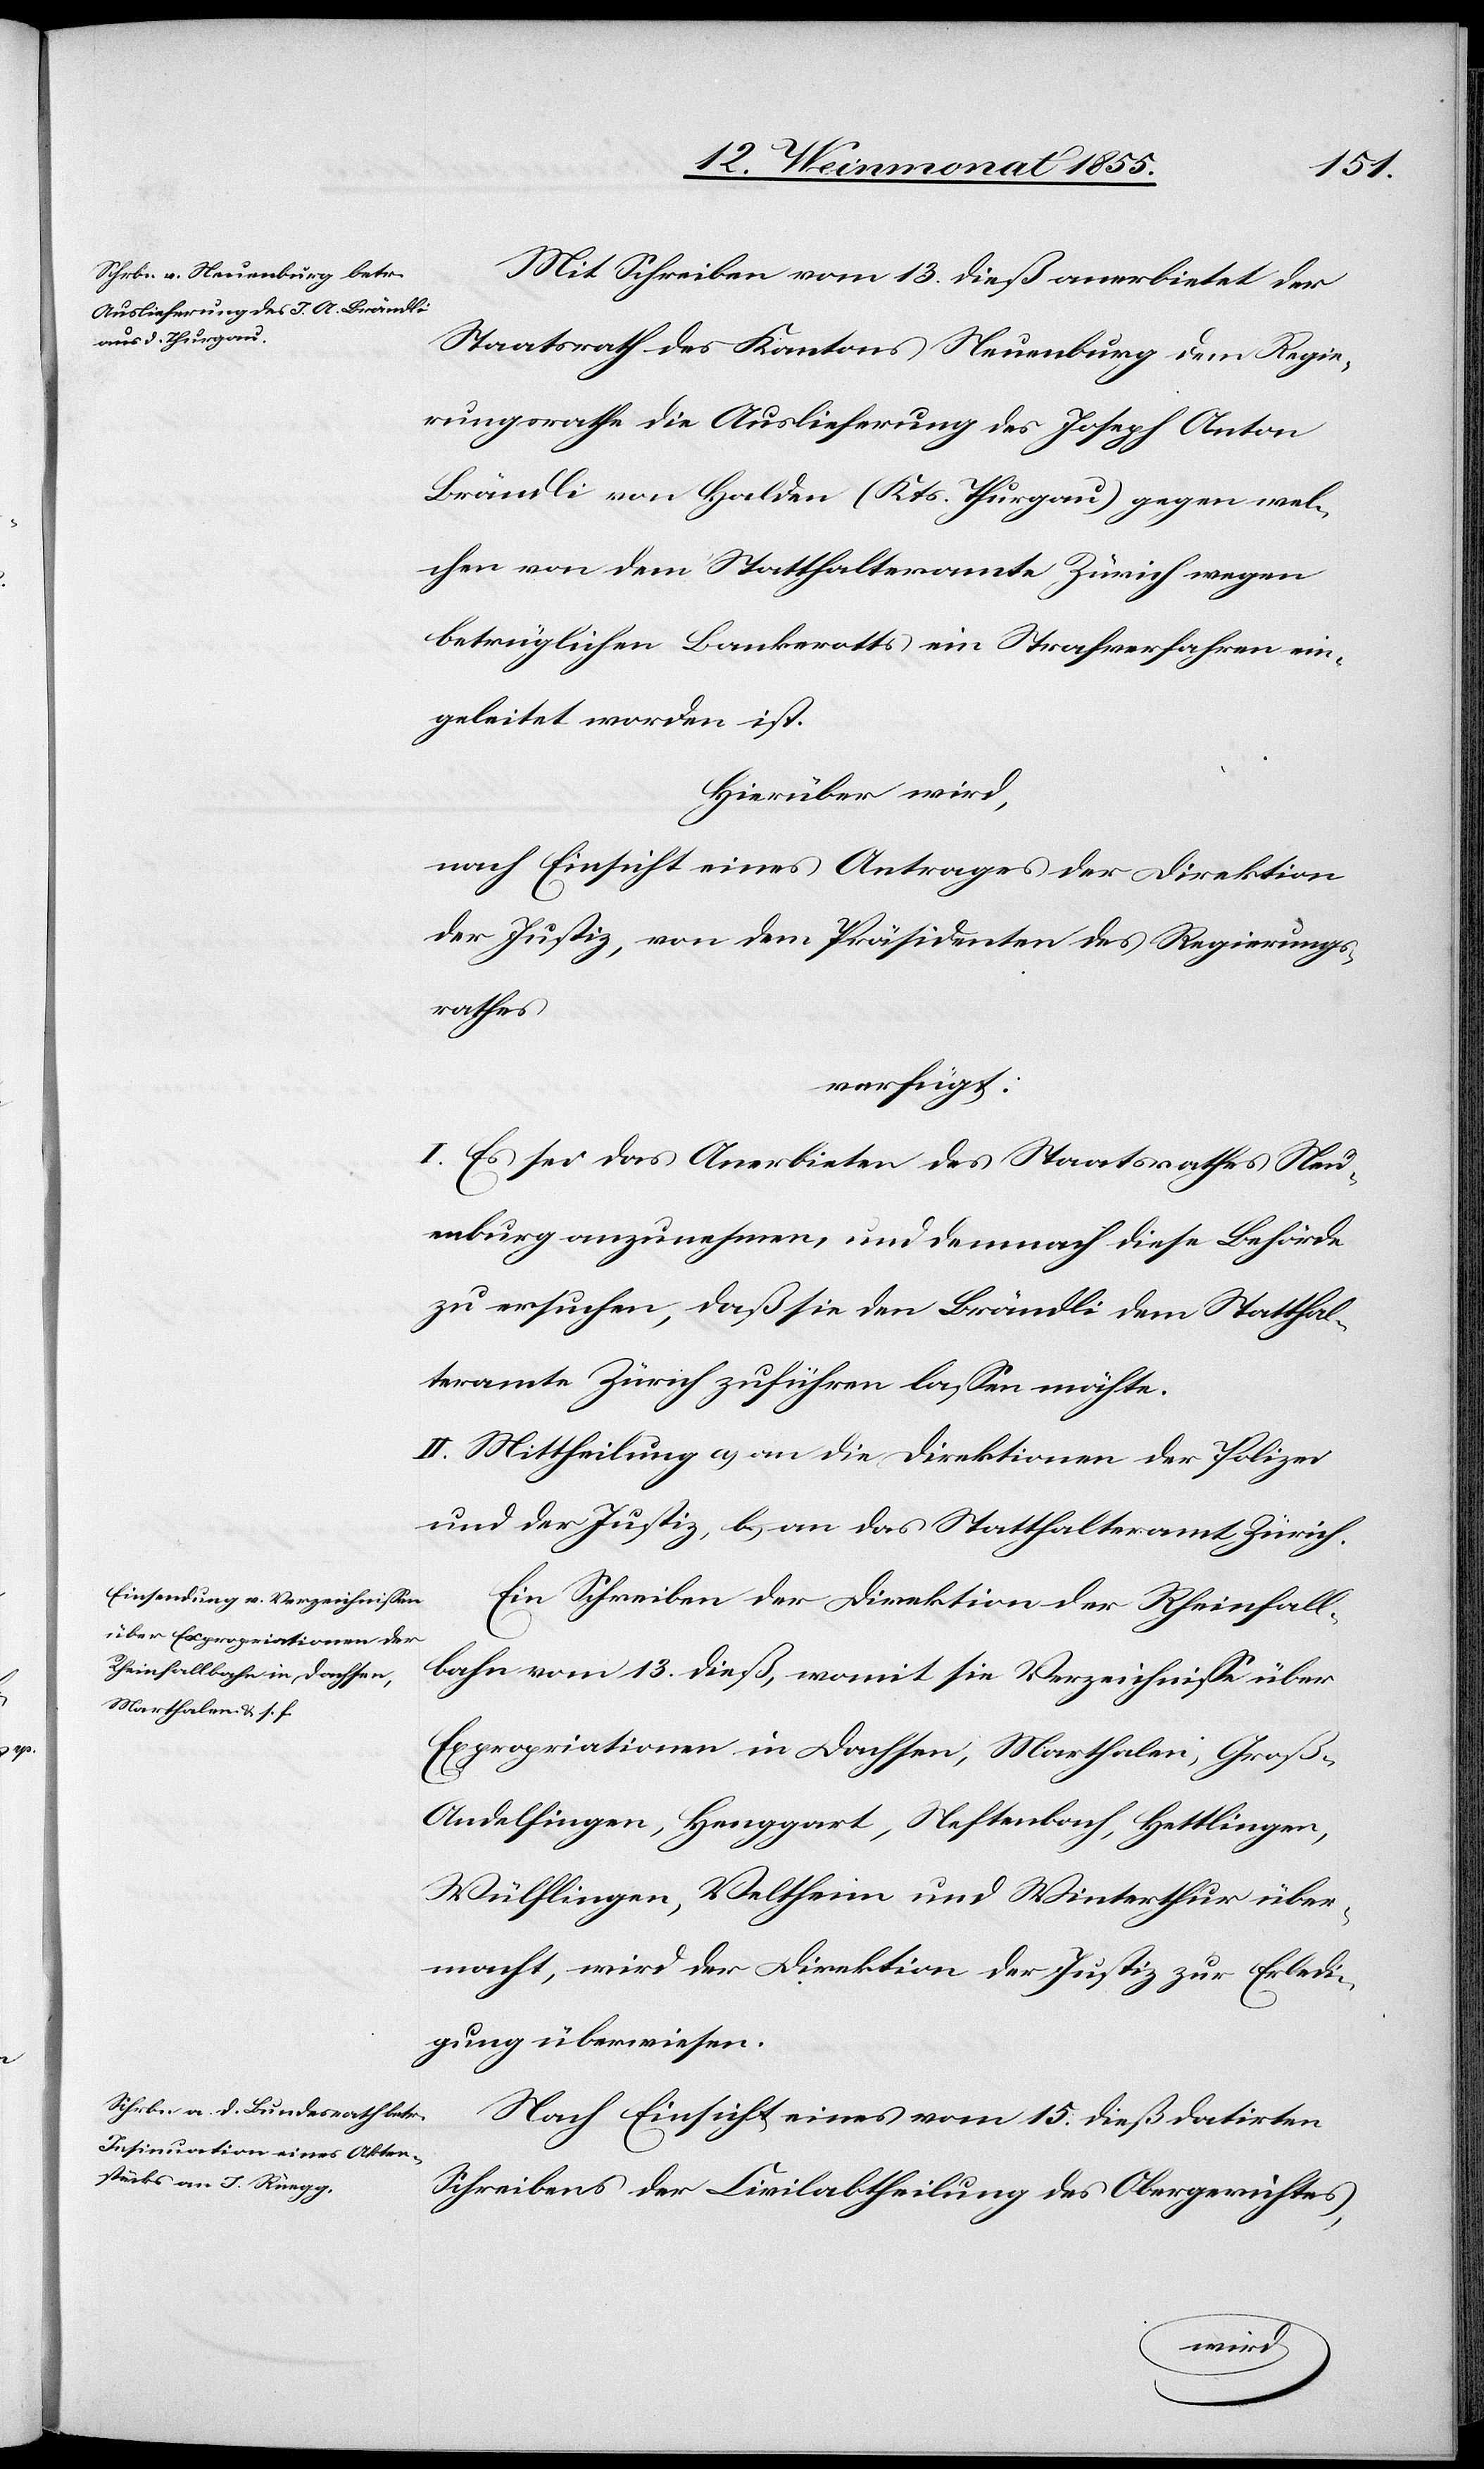
16. Weinmonat 1855.]
1855.]
Mit Schreiben vom 13. dieß anerbietet der
Staatsrath des Kantons Neuenburg dem Regie¬
rungsrathe die Auslieferung des Joseph Anton
Brändli von Halden (Kts. Thurgau) gegen wel¬
chen von dem Statthalteramte Zürich wegen
betrüglichen Bankerotts ein Strafverfahren ein¬
geleitet worden ist.
Hierüber wird,
nach Einsicht eines Antrages der Direktion
der Justiz, von dem Präsidenten des Regierungs¬
rathes
verfügt:
I. Es sei das Anerbieten des Staatsrathes Neu¬
enburg anzunehmen, und demnach diese Behörde
zu ersuchen, daß sie den Brändli dem Statthal¬
teramte Zürich zuführen lassen möchte.
II. Mittheilung a) an die Direktionen der Polizei
und der Justiz, b) an das Statthalteramt Zürich.
Ein Schreiben der Direktion der Rheinfall¬
bahn vom 13. dieß, womit sie Verzeichnisse über
Expropriationen in Dachsen, Marthalen, Groß-A¬
ndelfingen, Henggart, Neftenbach, Hettlingen,
Wülflingen, Veltheim und Winterthur über¬
macht, wird der Direktion der Justiz zur Erledi¬
gung überwiesen.
Nach Einsicht eines vom 15. dieß datirten
Schreibens der Civilabtheilung des Obergerichtes,